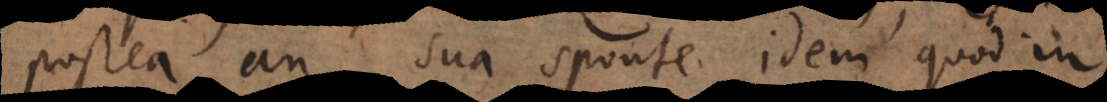
postea an sua sponte idem quod in